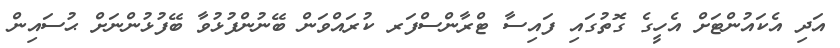
އަދި އެކައުންޓަށް އެހީގެ ގޮތުގައި ފައިސާ ޓްރާންސްފަރ ކުރައްވަން ބޭނުންފުޅުވާ ބޭފުޅުންނަށް ޙުސައިން